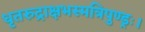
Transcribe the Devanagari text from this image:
धृतरुद्राक्षभस्मत्रिपुण्ड्रः।